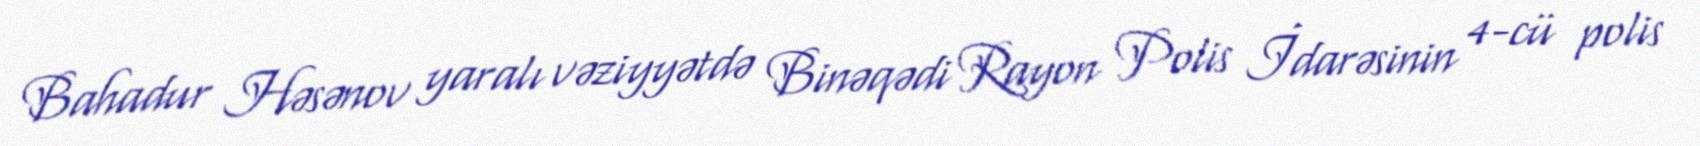
Bahadur Həsənov yaralı vəziyyətdə Binəqədi Rayon Polis İdarəsinin 4-cü polis